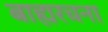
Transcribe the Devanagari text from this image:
बाह्यरचना